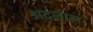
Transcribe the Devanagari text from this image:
अटलास